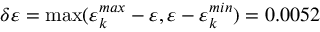
\delta \varepsilon = \operatorname* { m a x } ( \varepsilon _ { k } ^ { m a x } - \varepsilon , \varepsilon - \varepsilon _ { k } ^ { m i n } ) = 0 . 0 0 5 2